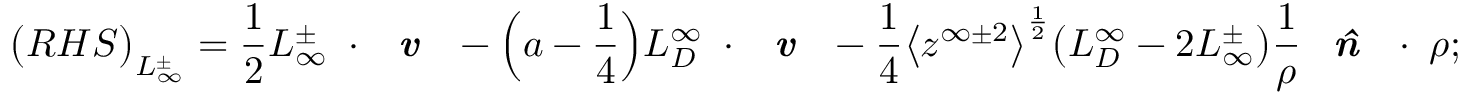
\big ( R H S \big ) _ { L _ { \infty } ^ { \pm } } = \frac { 1 } { 2 } L _ { \infty } ^ { \pm } \mathbf { \nabla } \cdot \textbf { \emph { v } } - \Big ( a - \frac { 1 } { 4 } \Big ) L _ { D } ^ { \infty } \mathbf { \nabla } \cdot \textbf { \emph { v } } - \frac { 1 } { 4 } \big < z ^ { \infty \pm 2 } \big > ^ { \frac { 1 } { 2 } } \big ( L _ { D } ^ { \infty } - 2 L _ { \infty } ^ { \pm } \big ) \frac { 1 } { \rho } \textbf { \emph { \^ n } } \cdot \mathbf { \nabla } \rho ;